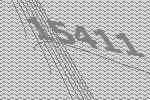
15411